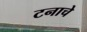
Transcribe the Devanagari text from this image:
टनाचे